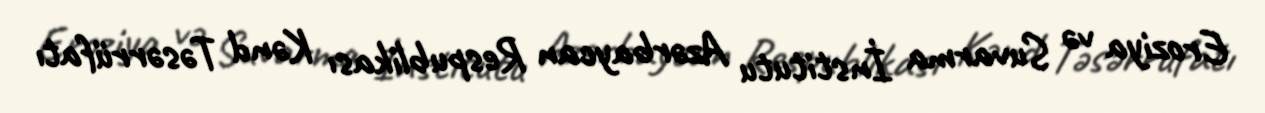
Eroziya və Suvarma İnstitutu Azərbaycan Respublikası Kənd Təsərrüfatı